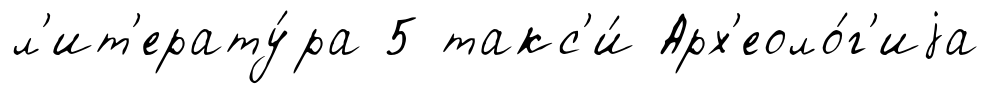
л'ит'ерату́ра 5 такс'и́ Арх'еоло́г'иjа